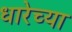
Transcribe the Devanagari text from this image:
धारेच्या